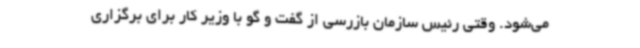
می‌شود. وقتی رئیس سازمان بازرسی از گفت و گو با وزیر کار برای برگزاری